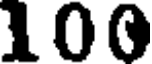
100